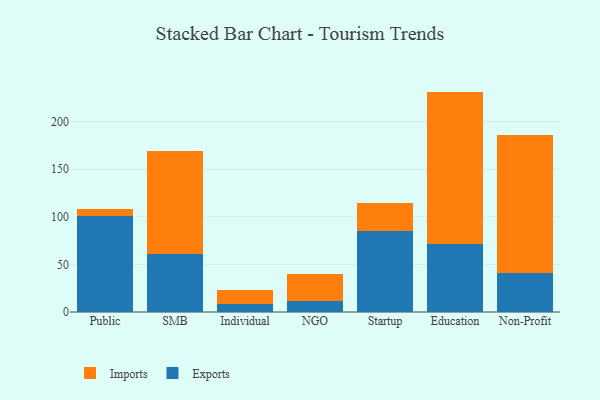
{"axis": {"x": "Segment", "y": "Churn Rate (%)"}, "legend": ["Exports", "Imports"], "data": [{"x": "Public", "y": 100.3, "type": "Exports"}, {"x": "Public", "y": 7.6, "type": "Imports"}, {"x": "SMB", "y": 61.4, "type": "Exports"}, {"x": "SMB", "y": 107.8, "type": "Imports"}, {"x": "Individual", "y": 8.8, "type": "Exports"}, {"x": "Individual", "y": 14.0, "type": "Imports"}, {"x": "NGO", "y": 11.2, "type": "Exports"}, {"x": "NGO", "y": 28.7, "type": "Imports"}, {"x": "Startup", "y": 84.8, "type": "Exports"}, {"x": "Startup", "y": 29.4, "type": "Imports"}, {"x": "Education", "y": 71.3, "type": "Exports"}, {"x": "Education", "y": 160.1, "type": "Imports"}, {"x": "Non-Profit", "y": 40.9, "type": "Exports"}, {"x": "Non-Profit", "y": 144.8, "type": "Imports"}]}